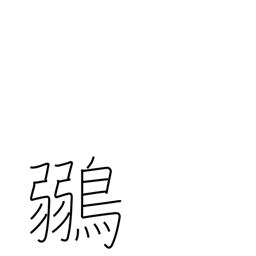
Meaning: greenfinch